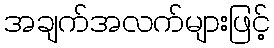
အချက်အလက်များဖြင့်